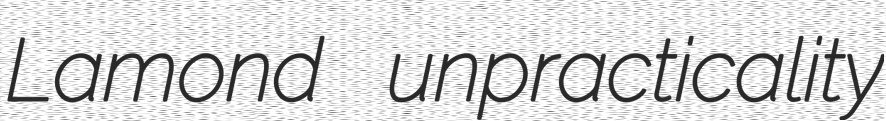
Lamond unpracticality